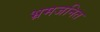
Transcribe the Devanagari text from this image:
भ्रमजनित